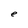
Character: e